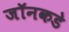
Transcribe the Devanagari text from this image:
जॉनकडे